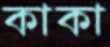
কাকা